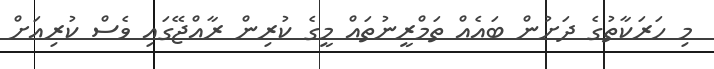
މި ހަރަކާތުގެ ދަށުން ބައެއް ތަމްރީނުތައް މީގެ ކުރިން ރާއްޖޭގައި ވެސް ކުރިއަށް